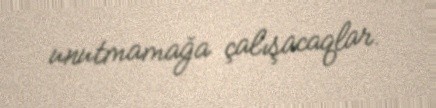
unutmamağa çalışacaqlar.